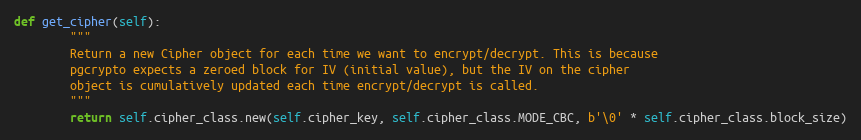
Language: Python
def get_cipher(self):
        """
        Return a new Cipher object for each time we want to encrypt/decrypt. This is because
        pgcrypto expects a zeroed block for IV (initial value), but the IV on the cipher
        object is cumulatively updated each time encrypt/decrypt is called.
        """
        return self.cipher_class.new(self.cipher_key, self.cipher_class.MODE_CBC, b'\0' * self.cipher_class.block_size)